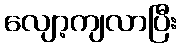
လျော့ကျလာပြီး